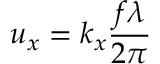
{ { u } _ { x } } = { { k } _ { x } } \frac { f \lambda } { 2 \pi }